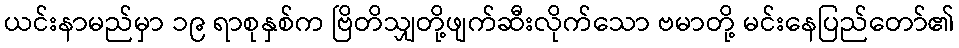
ယင်းနာမည်မှာ ၁၉ ရာစုနှစ်က ဗြိတိသျှတို့ဖျက်ဆီးလိုက်သော ဗမာတို့ မင်းနေပြည်တော်၏